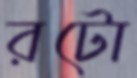
রটো